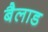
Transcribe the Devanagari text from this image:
बैलाड